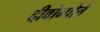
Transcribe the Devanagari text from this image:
दीवोन्पोर्त